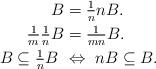
LaTeX: \begin{align*}B&=\tfrac{1}{n}nB.\\\tfrac{1}{m}\tfrac{1}{n}B&=\tfrac{1}{mn}B.\\B\subseteq\tfrac{1}{n}B\ &\Leftrightarrow\ nB\subseteq B.\end{align*}